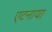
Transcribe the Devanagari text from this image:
एटनाया